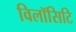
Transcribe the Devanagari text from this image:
विलॉसिटि